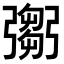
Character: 𢐨